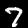
Label: 7